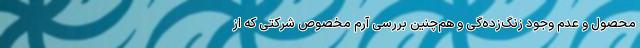
محصول و عدم وجود زنگ‌زده‌گی و هم‌چنین بررسیِ آرم مخصوص شرکتی که از